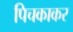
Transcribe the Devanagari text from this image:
पिचकाकर